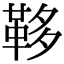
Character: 𩊥